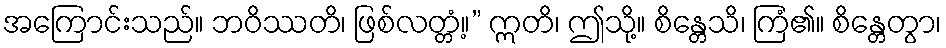
အကြောင်းသည်။ ဘဝိဿတိ၊ ဖြစ်လတ္တံ့။” ဣတိ၊ ဤသို့။ စိန္တေသိ၊ ကြံ၏။ စိန္တေတွာ၊